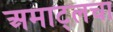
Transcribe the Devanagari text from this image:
अमाट्लचा